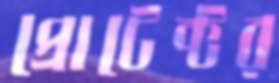
প্রোটেক্টর